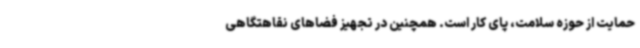
حمایت از حوزه سلامت، پای کار است. همچنین در تجهیز فضاهای نقاهتگاهی